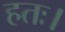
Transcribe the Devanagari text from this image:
हतः।